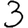
Digit: 3